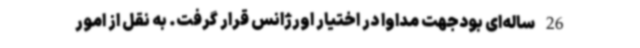
26 ساله‌ای بودجهت مداوا در اختیار اورژانس قرار گرفت. به نقل از امور